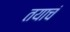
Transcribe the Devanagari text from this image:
तयाचं